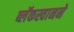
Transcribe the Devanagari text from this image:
ब्लॅकस्वानने